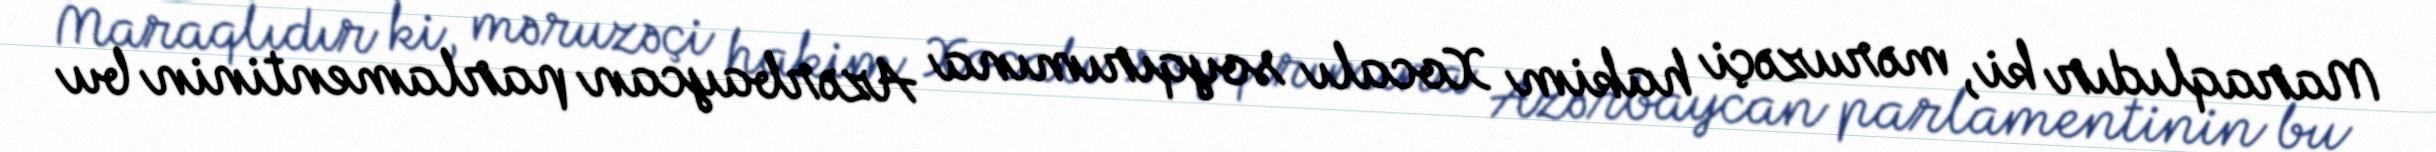
Maraqlıdır ki, məruzəçi hakim Xocalı soyqırımına Azərbaycan parlamentinin bu